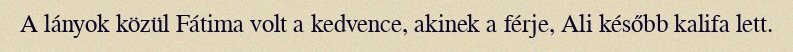
A lányok közül Fátima volt a kedvence, akinek a férje, Ali később kalifa lett.